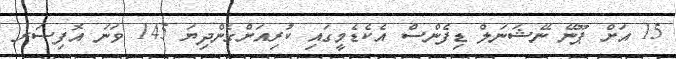
15 އަށް ޕޫނޭ ނޭޝަނަލް ޑިފެންސް އެކެޑެމީގައި ކުރިއަށްގެންދިޔަ 145 ވަނަ އޮފިސަރ